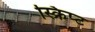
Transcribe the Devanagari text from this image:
स्क्रिप्‍ट